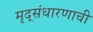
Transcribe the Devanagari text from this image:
मृद्संधारणाची